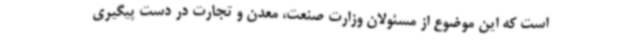
است که این موضوع از مسئولان وزارت صنعت، معدن و تجارت در دست پیگیری